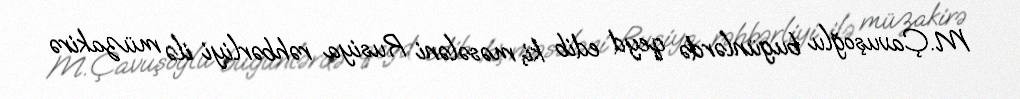
M.Çavuşoğlu bugünlərdə qeyd edib ki, məsələni Rusiya rəhbərliyi ilə müzakirə